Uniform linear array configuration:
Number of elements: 64
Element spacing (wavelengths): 0.5
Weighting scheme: hamming
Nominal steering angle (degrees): -15
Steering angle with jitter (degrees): -15.864
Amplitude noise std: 0.05
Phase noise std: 0.05

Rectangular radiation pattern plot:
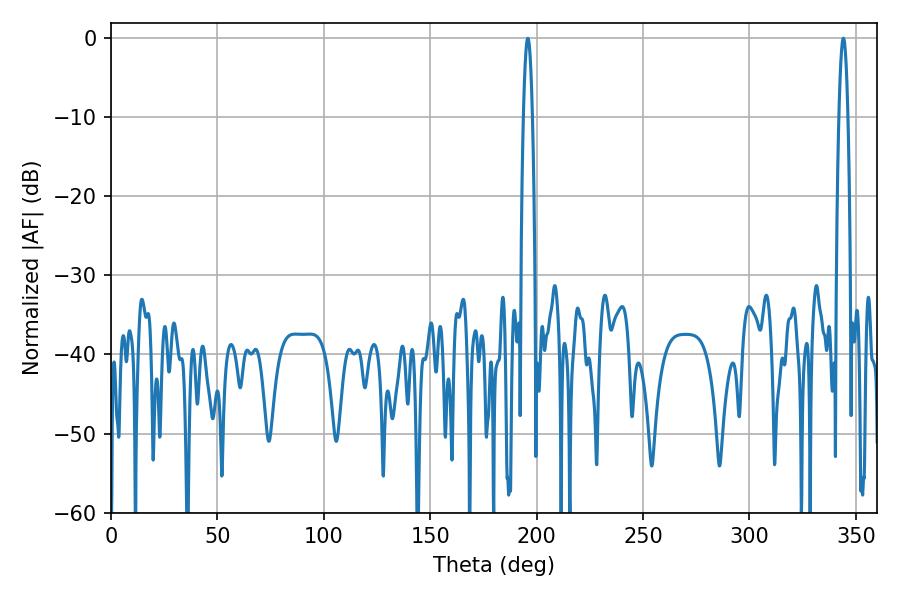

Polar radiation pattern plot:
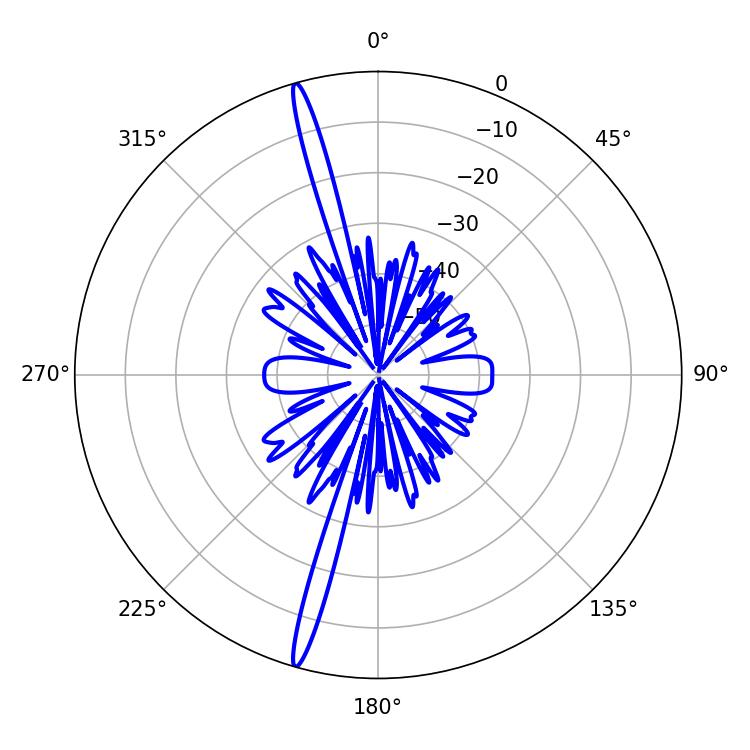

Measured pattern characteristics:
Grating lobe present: FALSE
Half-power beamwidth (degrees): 2.16
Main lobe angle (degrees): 195.84